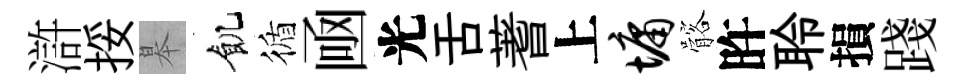
滸挼皋飢循凾光舌蓍上墉髂旿聆損踐